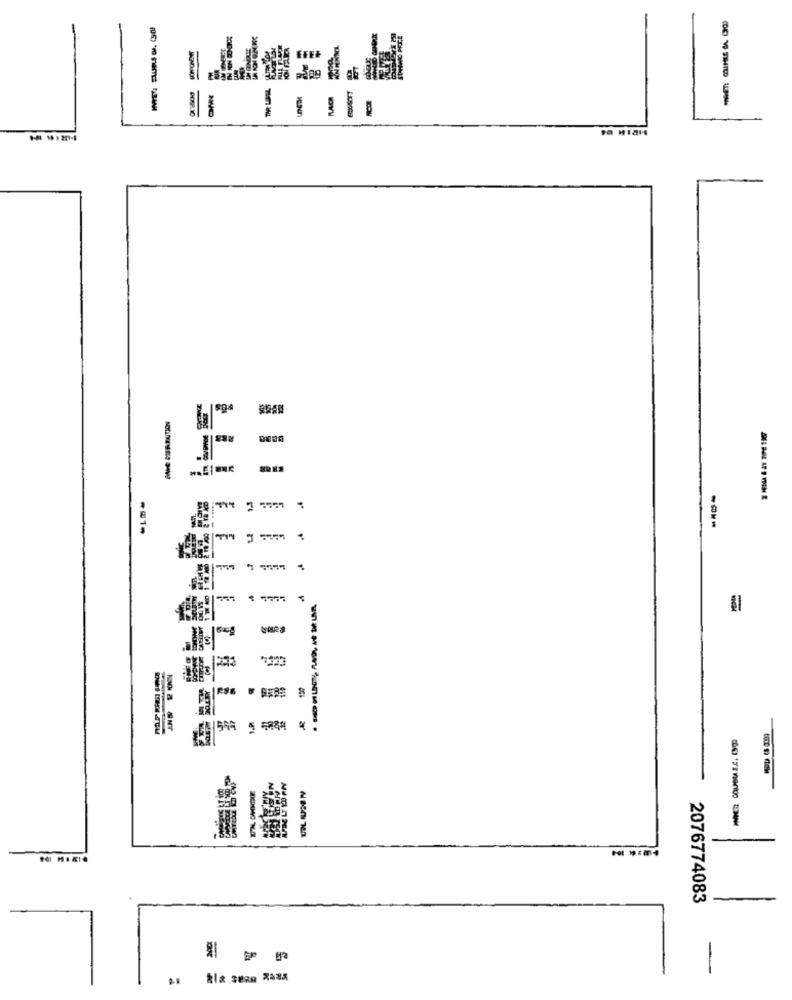
RES
-@1.
544 5 5894 4 .
5
UPL AUSEN
2076774083
-